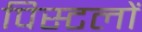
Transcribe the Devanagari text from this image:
पिस्टलों